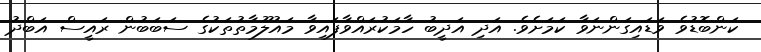
ކަންބޮޑުވެ ވަޑައިގަންނަވާ ކަމަށެވެ. އަދި އަދީބު ހާމަކުރައްވާފައިވާ މައުލޫމާތުތަކުގެ ސަބަބުން ރައީސް އަބްދު